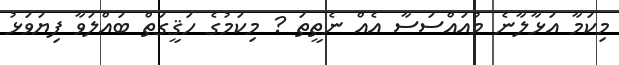
މިކަމާ އަޅާލާނެ މުއައްސަސާ އެއް ނެތީތަ ? މިކަމުގެ ހަޤީގަތް ބައްލަވާ ފިޔަވަޅު